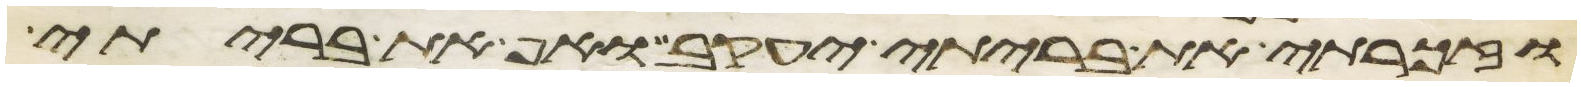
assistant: וזכרתי את בריתי יעקב ואף את בריתי